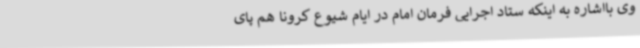
وی بااشاره به اینکه ستاد اجرایی فرمان امام در ایام شیوع کرونا هم پای